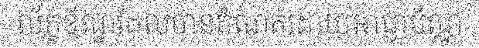
ល័ក្ខខ័ណ្ឌដែលបានកំណត់ដោយអាជ្ញាប័ណ្ណ